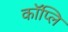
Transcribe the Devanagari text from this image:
कॉप्लि